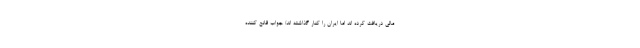
مالی دریافت کرده اند اما ایران را کنار گذاشته اند/ جواب قانع کننده